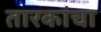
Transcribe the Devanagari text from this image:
तारकांचा